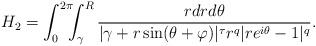
LaTeX: \begin{align*}H_2=\int_0^{2\pi}\!\!\!\int_\gamma^{R}\frac{r dr d\theta}{|\gamma+r\sin(\theta+\varphi)|^\tau r^q|re^{i\theta}-1|^q}.\end{align*}